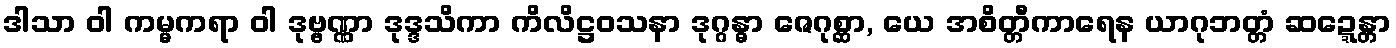
ဒါသာ ဝါ ကမ္မကရာ ဝါ ဒုဗ္ဗဏ္ဏာ ဒုဒ္ဒသိကာ ကိလိဋ္ဌဝသနာ ဒုဂ္ဂန္ဓာ ဇေဂုစ္ဆာ, ယေ အစိတ္တီကာရေန ယာဂုဘတ္တံ ဆဍ္ဍေန္တာ